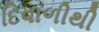
દિવાળીથી